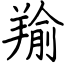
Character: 羭